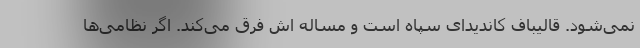
نمی‌شود. قالیباف کاندیدای سپاه است و مساله اش فرق می‌کند. اگر نظامی‌ها